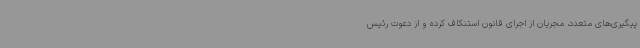
پیگیری‌های متعدد، مجریان از اجرای قانون استنکاف کرده و از دعوت رئیس